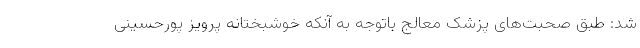
شد: طبق صحبت‌های پزشک معالج باتوجه به آنکه خوشبختانه پرویز پورحسینی